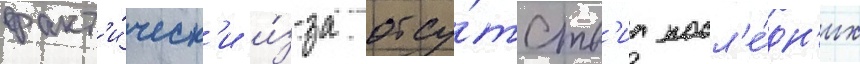
факт'и́ческ'и и́з-за отсу́тств'иа посл'е́дн'их